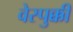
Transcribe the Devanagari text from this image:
वेस्पुक्की